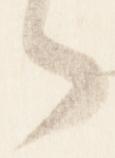
者